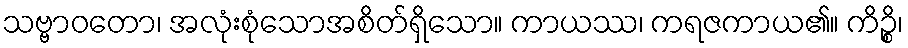
သဗ္ဗာဝတော၊ အလုံးစုံသောအစိတ်ရှိသော။ ကာယဿ၊ ကရဇကာယ၏။ ကိဉ္စိ၊